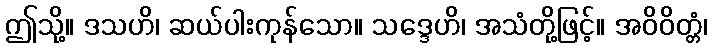
ဤသို့။ ဒသဟိ၊ ဆယ်ပါးကုန်သော။ သဒ္ဒေဟိ၊ အသံတို့ဖြင့်။ အဝိဝိတ္တံ၊